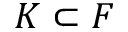
K \subset F